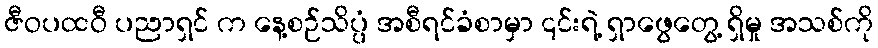
ဇီဝပထဝီ ပညာရှင် က နေ့စဉ်သိပ္ပံ အစီရင်ခံစာမှာ ၎င်းရဲ့ ရှာဖွေတွေ့ ရှိမှု အသစ်ကို